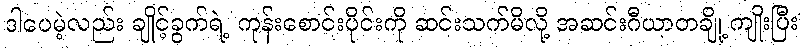
ဒါပေမဲ့လည်း ချိုင့်ခွက်ရဲ့ ကုန်းစောင်းပိုင်းကို ဆင်းသက်မိလို့ အဆင်းဂီယာတချို့ ကျိုးပြီး